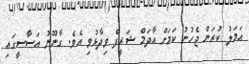
އަމަލު ކުރަން ޖެހުނު ކަމަށް އާދަމް ޝަރީފް ވިދާޅުވި އެވެ. ގާނޫނު އަސާސީގައި